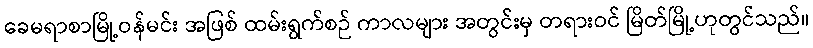
ခေမရာစာမြို့ဝန်မင်း အဖြစ် ထမ်းရွက်စဉ် ကာလများ အတွင်းမှ တရားဝင် မြိတ်မြို့ဟုတွင်သည်။